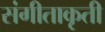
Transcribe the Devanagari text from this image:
संगीताकृती